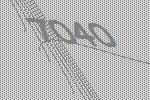
7040